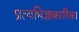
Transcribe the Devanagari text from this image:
प्रत्यभिज्ञाकारिका